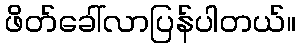
ဖိတ်ခေါ်လာပြန်ပါတယ်။